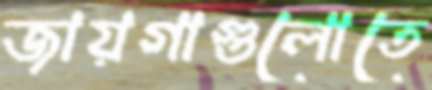
জায়গাগুলোতে